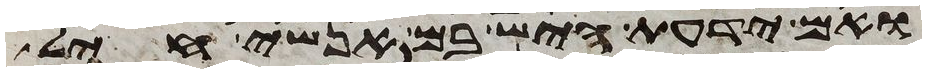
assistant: ואם ידעת היש בם אנשי חיל